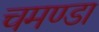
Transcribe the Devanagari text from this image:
चमण्डा